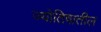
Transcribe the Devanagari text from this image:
ज्योतिषातील